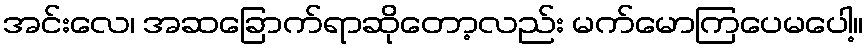
အင်းလေ၊ အဆခြောက်ရာဆိုတော့လည်း မက်မောကြပေမပေါ့။